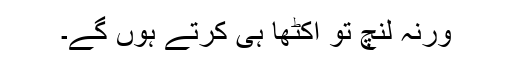
ورنہ لنچ تو اکٹھا ہی کرتے ہوں گے۔